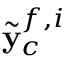
\tilde { \mathbf { y } } _ { c } ^ { f , i }